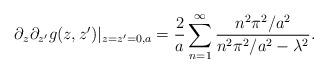
LaTeX: \begin{align*}\partial_z\partial_{z'}g(z,z')|_{z=z'=0,a}={2\over a}\sum_{n=1}^\infty{n^2\pi^2/a^2\over n^2\pi^2/a^2-\lambda^2}.\end{align*}